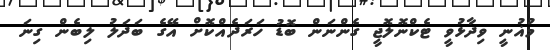
މުޣުނީ ވިދާޅުވީ ޓެކްނޮލޮޖީ ގެންނަން ބޮޑު ހަރަދެއްކޮށް އޭގެ ބަދަލު ލިބެން ގިނަ